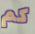
كم